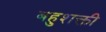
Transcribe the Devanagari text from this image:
बहुशक्ती